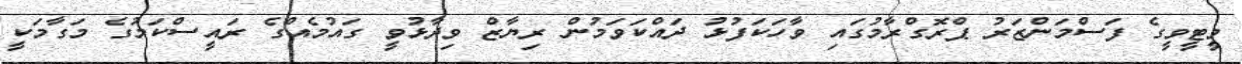
ވީޓީވީގެ ފަސްމަންޒަރު ޕްރޮގްރާމުގައި ވާހަކަފުޅު ދައްކަވަމުން ރިޔާޒް ވިދާޅުވީ ގައުމެއްގެ ރައީސްކަމުގެ މަގާމަކީ